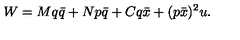
W = M q \bar { q } + N p \bar { q } + C q \bar { x } + ( p \bar { x } ) ^ { 2 } u .